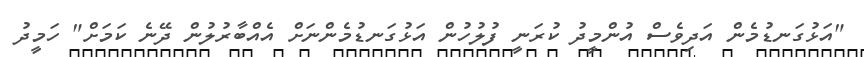
"އަޅުގަނޑުމެން އަދިވެސް އުންމީދު ކުރަނީ ފުލުހުން އަޅުގަނޑުމެންނަށް އެއްބާރުލުން ދޭނެ ކަމަށް" ހަމީދު